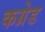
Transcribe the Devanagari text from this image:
कग्रेड